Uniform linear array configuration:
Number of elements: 32
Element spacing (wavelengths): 0.5
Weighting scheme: binomial
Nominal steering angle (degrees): -60
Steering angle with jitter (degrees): -59.634
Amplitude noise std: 0.05
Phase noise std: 0.05

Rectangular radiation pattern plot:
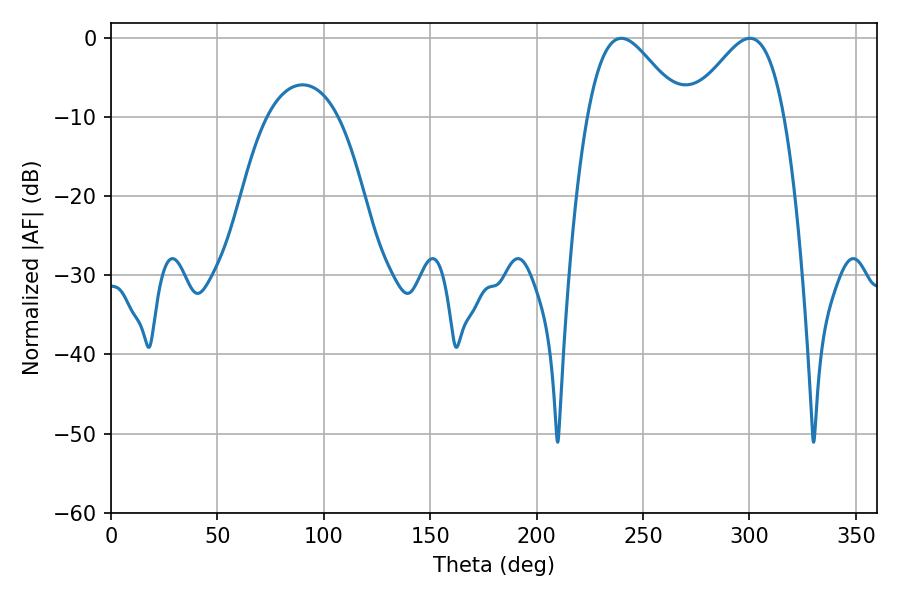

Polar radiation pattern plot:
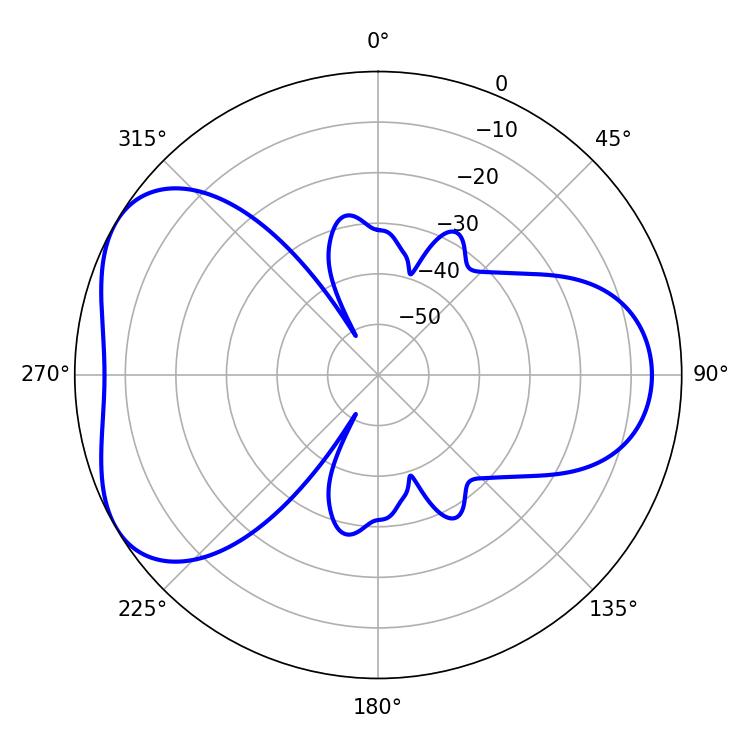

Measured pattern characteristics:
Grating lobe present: FALSE
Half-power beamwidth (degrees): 23.4
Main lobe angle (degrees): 239.76